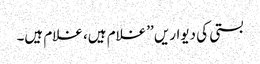
بستی کی دیواریں ’’غلام ہیں، غلام ہیں۔